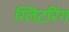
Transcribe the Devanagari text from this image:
ग्लिटरिंग